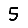
Digit: 5